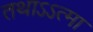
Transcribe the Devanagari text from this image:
तथाऽऽत्मा